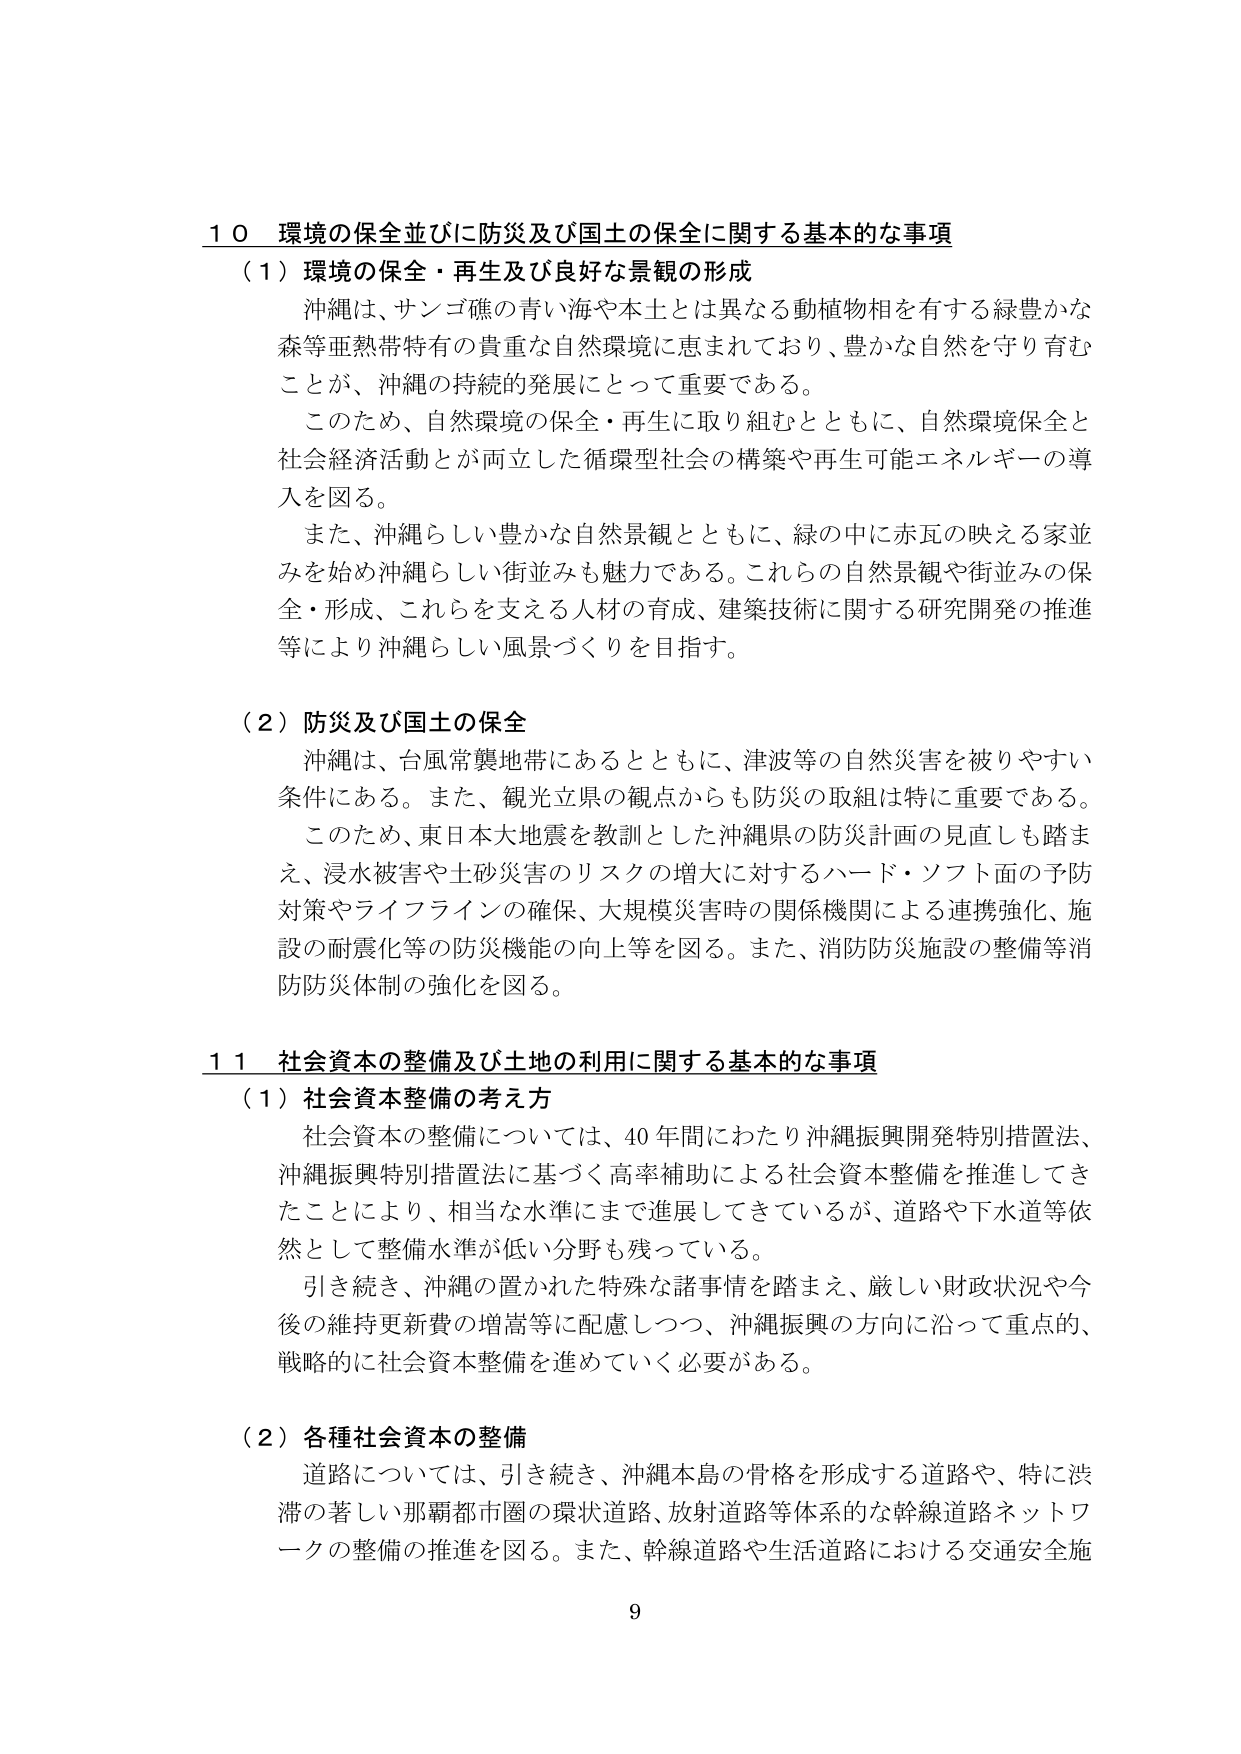
10 環境の保全並びに防災及び国土の保全に関する基本的な事項
（1）環境の保全・再生及び良好な景観の形成
沖縄は、サンゴ礁の青い海や本土とは異なる動植物相を有する緑豊かな森等亜熱帯特有の貴重な自然環境に恵まれており、豊かな自然を守り育むことが、沖縄の持続的発展にとって重要である。
このため、自然環境の保全・再生に取り組むとともに、自然環境保全と社会経済活動とが両立した循環型社会の構築や再生可能エネルギーの導入を図る。
また、沖縄らしい豊かな自然景観とともに、緑の中に赤瓦の映える家並みを始め沖縄らしい街並みも魅力である。これらの自然景観や街並みの保全・形成、これらを支える人材の育成、建築技術に関する研究開発の推進等により沖縄らしい風景づくりを目指す。

（2）防災及び国土の保全
沖縄は、台風常襲地帯にあるとともに、津波等の自然災害を被りやすい条件にある。また、観光立県の観点からも防災の取組は特に重要である。
このため、東日本大地震を教訓とした沖縄県の防災計画の見直しも踏まえ、浸水被害や土砂災害のリスクの増大に対するハード・ソフト面の予防対策やライフラインの確保、大規模災害時の関係機関による連携強化、施設の耐震化等の防災機能の向上等を図る。また、消防防災施設の整備等消防防災体制の強化を図る。

11 社会資本の整備及び土地の利用に関する基本的な事項
（1）社会資本整備の考え方
社会資本の整備については、40年間にわたり沖縄振興開発特別措置法、沖縄振興特別措置法に基づく高率補助による社会資本整備を推進してきたことにより、相当な水準にまで進展してきているが、道路や下水道等依然として整備水準が低い分野も残っている。
引き続き、沖縄の置かれた特殊な諸事情を踏まえ、厳しい財政状況や今後の維持更新費の増嵩等に配慮しつつ、沖縄振興の方向に沿って重点的、戦略的に社会資本整備を進めていく必要がある。

（2）各種社会資本の整備
道路については、引き続き、沖縄本島の骨格を形成する道路や、特に渋滞の著しい那覇都市圏の環状道路、放射道路等体系的な幹線道路ネットワークの整備の推進を図る。また、幹線道路や生活道路における交通安全施

9